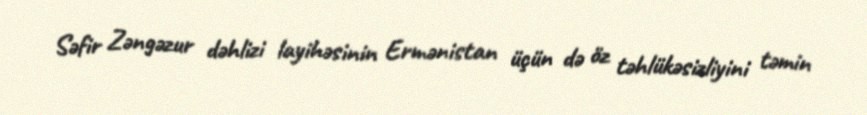
Səfir Zəngəzur dəhlizi layihəsinin Ermənistan üçün də öz təhlükəsizliyini təmin